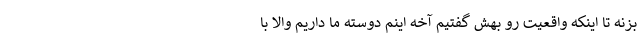
بزنه تا اینکه واقعیت رو بهش گفتیم آخه اینم دوسته ما داریم والا با